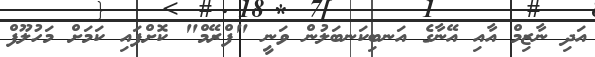
އަދި ނާޒިމް އާއި އޭނާގެ އަނބިކަނބަލުން ވަނީ "ފްރޭމް" ކޮށްފައި ކަމަށް މަހުލޫފް